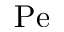
\mathrm { P e }